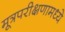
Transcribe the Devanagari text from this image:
मूत्रपरीक्षणामध्ये